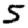
Digit: 5